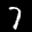
Label: 7